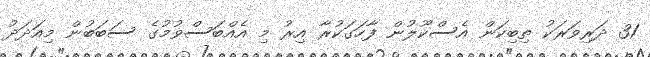
31 ދަރިވަރަކު ތިބިކަން އެސްކޫލުން ފާހަގަކުރާ އިރު މި އެއްބަސްވުމުގެ ސަބަބުން މިއަދަދު